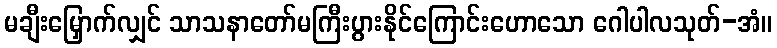
မချီးမြှောက်လျှင် သာသနာတော်မကြီးပွားနိုင်ကြောင်းဟောသော ဂေါပါလသုတ်-အံ။